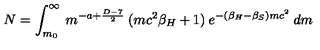
N = \int _ { m _ { 0 } } ^ { \infty } \: m ^ { - a + \frac { D - 7 } { 2 } } \: ( m c ^ { 2 } \beta _ { H } + 1 ) \: e ^ { - ( \beta _ { H } - \beta _ { S } ) m c ^ { 2 } } \: d m